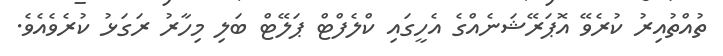
ތުއްތުއިރު ކުރެވޭ އޮޕަރޭޝަނެއްގެ އެހީގައި ކްލެފްޓް ޕަލޭޓް ބަލި މިހާރު ރަގަޅު ކުރެވެއެވެ.